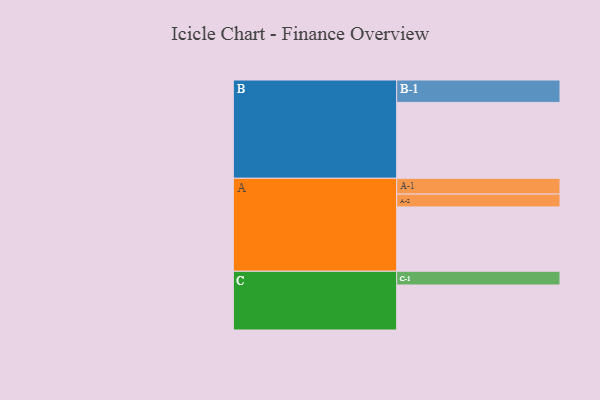
{"axis": {"x": "Segment", "y": "Value"}, "legend": ["", "A", "B", "C"], "data": [{"x": "A", "y": 506, "type": ""}, {"x": "B", "y": 597, "type": ""}, {"x": "C", "y": 354, "type": ""}, {"x": "A-1", "y": 124, "type": "A"}, {"x": "A-2", "y": 101, "type": "A"}, {"x": "B-1", "y": 176, "type": "B"}, {"x": "C-1", "y": 108, "type": "C"}]}